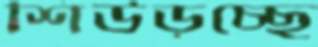
শিউড়চ্ছে